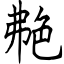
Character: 艴